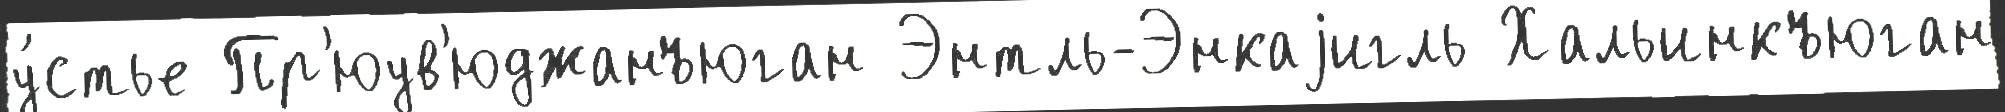
у́стье Пр'юув'юджанъюган Энтль-Энкаjигль Хальинкъюган